Document type: Acquittance
Year: 1296
Scribe: Jaume de Malví
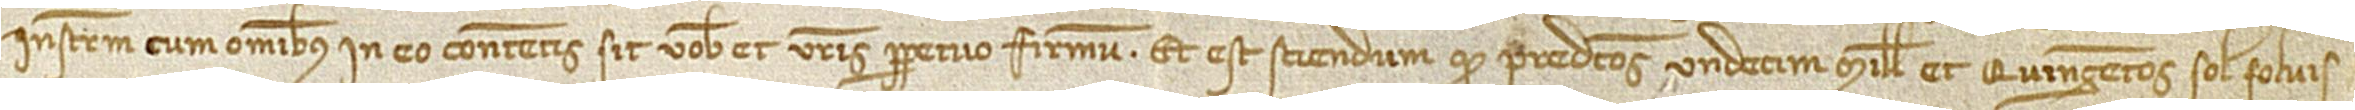
instrumentum, cum omnibus in eo contentis, sit vobis et vestris perpetuo firmum. Et est sciendum quod predictos undecim mille et quingentos solidos solvis-